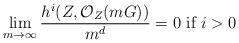
LaTeX: \begin{align*}\lim_{m\rightarrow \infty}\frac{h^i(Z,\mathcal O_Z(mG))}{m^d}=0\mbox{ if }i>0\end{align*}